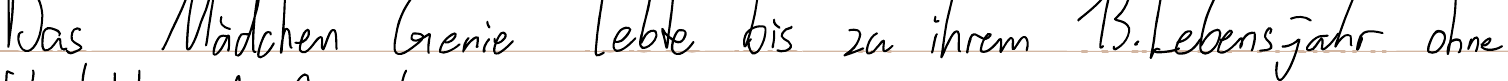
Das Mädchen Genie lebte bis zu ihrem 13. Lebensjahr ohne